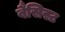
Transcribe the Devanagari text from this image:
बैसिस्ट